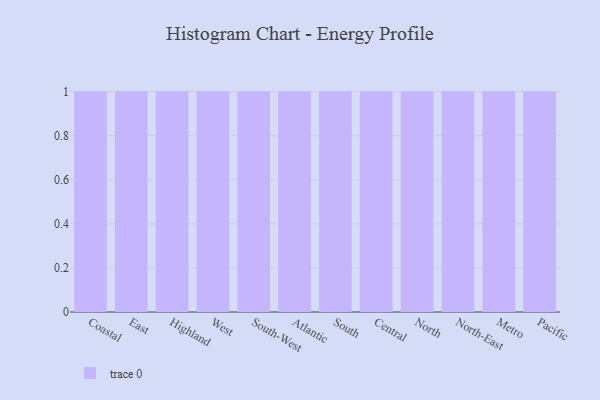
{"axis": {"x": "Region", "y": "Temperature (°C)"}, "legend": [""], "data": [{"x": "Coastal", "y": 36, "type": ""}, {"x": "East", "y": 1, "type": ""}, {"x": "Highland", "y": 4, "type": ""}, {"x": "West", "y": 6, "type": ""}, {"x": "South-West", "y": 64, "type": ""}, {"x": "Atlantic", "y": 52, "type": ""}, {"x": "South", "y": 20, "type": ""}, {"x": "Central", "y": 17, "type": ""}, {"x": "North", "y": 92, "type": ""}, {"x": "North-East", "y": 90, "type": ""}, {"x": "Metro", "y": 58, "type": ""}, {"x": "Pacific", "y": 47, "type": ""}]}